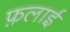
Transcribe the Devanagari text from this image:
फ़लाई